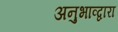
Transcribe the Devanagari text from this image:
अनुभाव्द्वारा